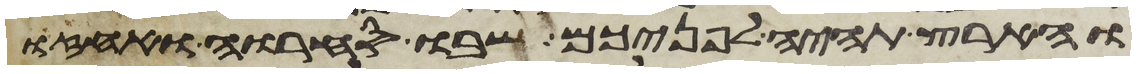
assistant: והארץ תהיה לפניכם שבו סחרו ואחזו